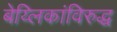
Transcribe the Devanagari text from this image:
बेय्लिकांविरुद्ध